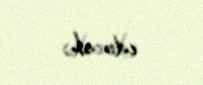
edəcək.